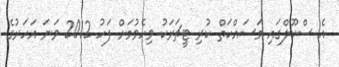
އެ ސްކޫލްގައި މަސައްކަތް ކުރި ޓީޗަރަކު ވިހެވުމަށް ފަހު 2012 ވަނަ އަހަރުގެ